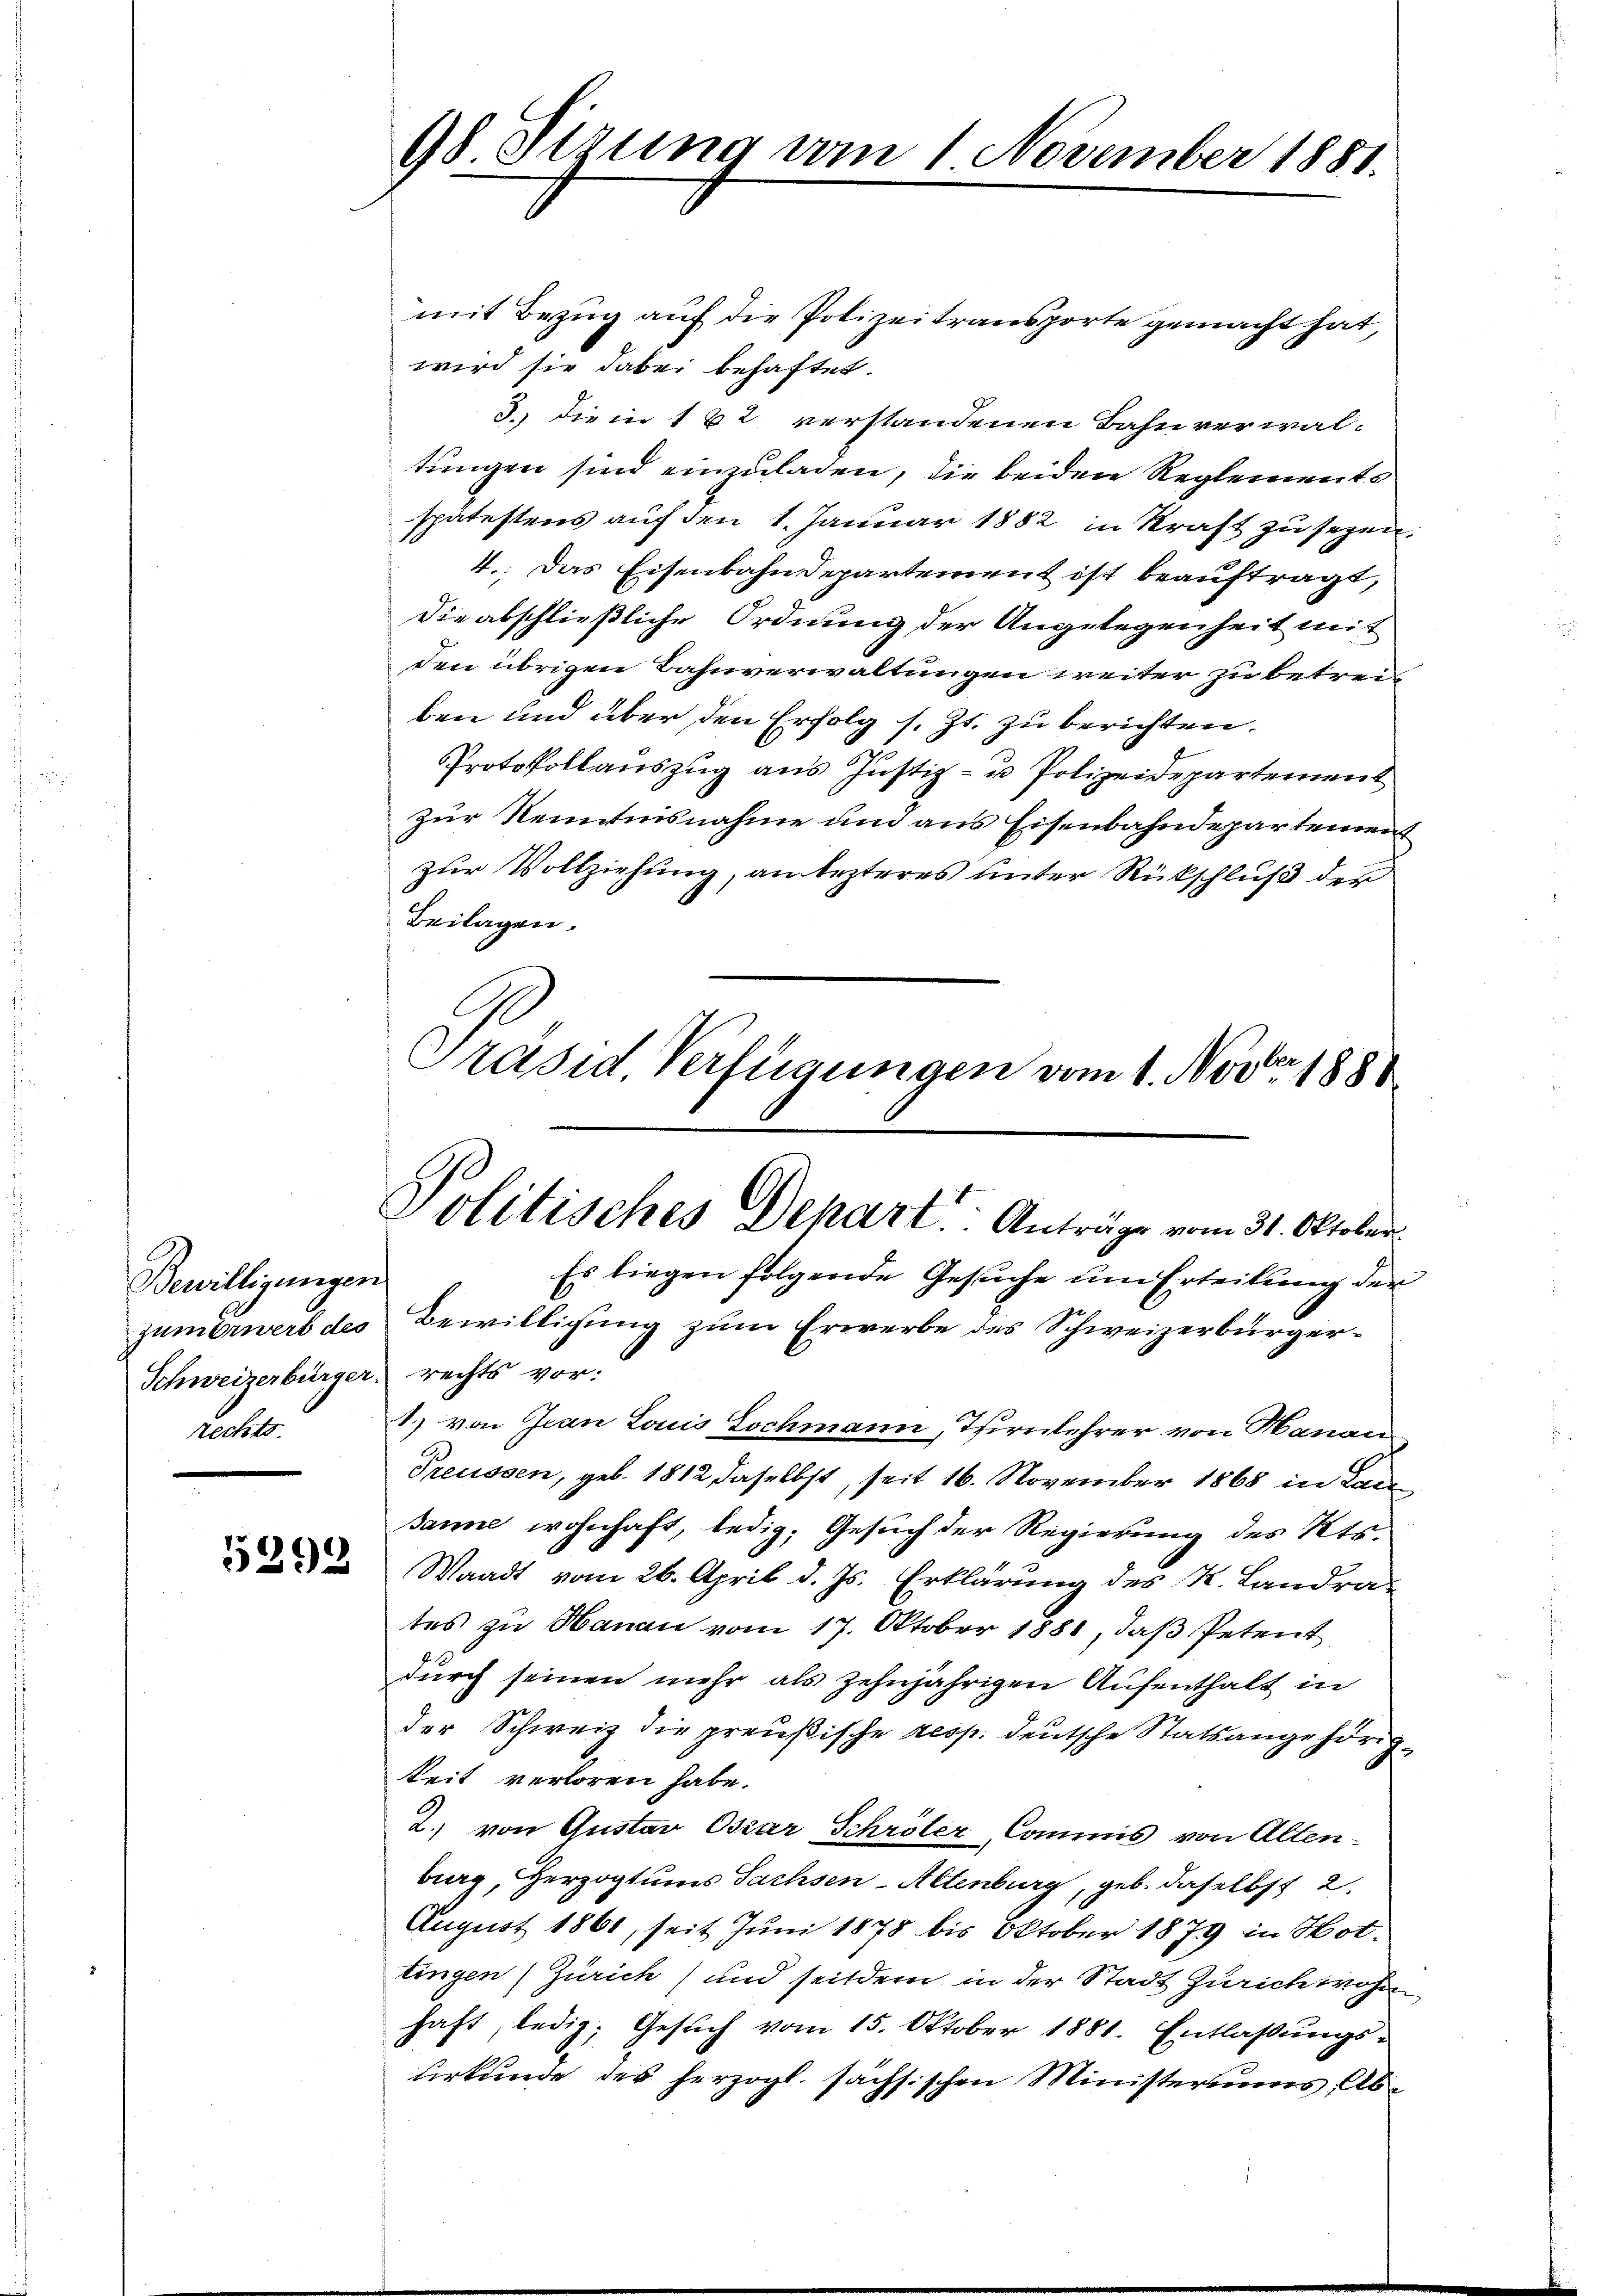
Bewilligungen
zumerwerb des
Schweizerbürger.
rechts.

5293

98 Stzung vom 1. November 1881.

mit Bezug auf die Polizeitransporte gemacht hat,
wird sie dabei behaftet.
3. die in 162 verstandenen Bahnverwaltungen sind einzuladen, die beiden Reglements
spätestens auf den 1. Januar 1882 in Kraft zu sezen.
4. Das Eisenbahndepartement ist beauftragt,
die abschließliche Ordnung der Angelegenheit mit
den übrigen Bahnverwaltungen weiter zu betreiben und über den Erfolg s. Zt. zu berichten.
Protokollauszug aus Justiz- u Polizeidepartement
zur Kenntnisnahme um aus Eisenbahndepartement
zur Vollziehung, an lezteres unter Rückschluß der
Beilagen.
Präsid Verfügungen vom 1. Nov. 1888
Es liegen folgende Gesuche um Erteilung der
Bewilligung zum Erwerbe des Schweizerbürgerrechts vor.
1) von Jean Lois Lochmann, Turnlehrer von Hanau
Preussen, geb. 1812 daselbst, seit 16. November 1868 in Lan
Janne wohnhaft, ledig, Gesuch der Regierung des Kts.
Waadt vom 26. April d. Js. Erklärung des K. Landrates zu Hanau vom 17. Oktober 1881, daß Petent
durch seinen mehr als zehnjährigen Aufenthalt in
der Schweiz die preußische resp. deutsche Statsangehörigkeit verloren habe.
2.) von Gustav Osiar Schröter, Commis von Altenburg, Herzogtums Sachsen-Altenburg, geb. daselbst 2
August 1861, seit Juni 1878 bis Oktober 1879 in Hottingen) Zürich) und seitdem in der Stadt Zürich wohn
haft, ledig, Gesuch vom 15. Oktober 1881. Entlaßungs-
urkunde des herzogl. sächsischen Ministeriums, Ab¬

Politisches Dehart Anträge vom 31. Oktober